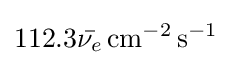
112.3{\bar {\nu _{e}}}\,\mathrm {cm} ^{-2}\,\mathrm {s} ^{-1}